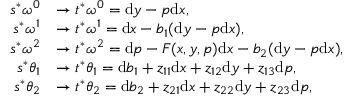
\begin{array} { r l } { s ^ { * } \omega ^ { 0 } } & { \to t ^ { * } \omega ^ { 0 } = \mathrm { d } y - p \mathrm { d } x , } \\ { s ^ { * } \omega ^ { 1 } } & { \to t ^ { * } \omega ^ { 1 } = \mathrm { d } x - b _ { 1 } ( \mathrm { d } y - p \mathrm { d } x ) , } \\ { s ^ { * } \omega ^ { 2 } } & { \to t ^ { * } \omega ^ { 2 } = \mathrm { d } p - F ( x , y , p ) \mathrm { d } x - b _ { 2 } ( \mathrm { d } y - p \mathrm { d } x ) , } \\ { s ^ { * } \theta _ { 1 } } & { \to t ^ { * } \theta _ { 1 } = \mathrm { d } b _ { 1 } + z _ { 1 1 } \mathrm { d } x + z _ { 1 2 } \mathrm { d } y + z _ { 1 3 } \mathrm { d } p , } \\ { s ^ { * } \theta _ { 2 } } & { \to t ^ { * } \theta _ { 2 } = \mathrm { d } b _ { 2 } + z _ { 2 1 } \mathrm { d } x + z _ { 2 2 } \mathrm { d } y + z _ { 2 3 } \mathrm { d } p , } \end{array}